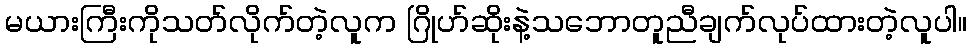
မယားကြီးကိုသတ်လိုက်တဲ့လူက ဂြိုဟ်ဆိုးနဲ့သဘောတူညီချက်လုပ်ထားတဲ့လူပါ။